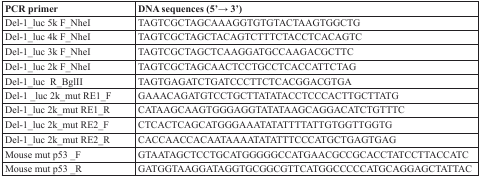
<table><thead><tr><td><b>PCR primer</b></td><td><b>DNA sequences (5&#x27;→ 3&#x27;)</b></td></tr></thead><tbody><tr><td>Del-1_luc 5k F_NheI</td><td>TAGTCGCTAGCAAAGGTGTGTACTAAGTGGCTG</td></tr><tr><td>Del-1_luc 4k F_NheI</td><td>TAGTCGCTAGCTACAGTCTTTCTACCTCACAGTC</td></tr><tr><td>Del-1_luc 3k F_NheI</td><td>TAGTCGCTAGCTCAAGGATGCCAAGACGCTTC</td></tr><tr><td>Del-1_luc 2k F_NheI</td><td>TAGTCGCTAGCAACTCCTGCCTCACCATTCTAG</td></tr><tr><td>Del-1_luc R_BglII</td><td>TAGTGAGATCTGATCCCTTCTCACGGACGTGA</td></tr><tr><td>Del-1 _luc 2k_mut RE1_F</td><td>GAAACAGATGTCCTGCTTATATACCTCCCACTTGCTTATG</td></tr><tr><td>Del-1_luc 2k_mut RE1_R</td><td>CATAAGCAAGTGGGAGGTATATAAGCAGGACATCTGTTTC</td></tr><tr><td>Del-1_luc 2k_mut RE2_F</td><td>CTCACTCAGCATGGGAAATATATTTTATTGTGGTTGGTG</td></tr><tr><td>Del-1_luc 2k_mut RE2_R</td><td>CACCAACCACAATAAAATATATTTCCCATGCTGAGTGAG</td></tr><tr><td>Mouse mut p53 _F</td><td>GTAATAGCTCCTGCATGGGGGCCATGAACGCCGCACCTATCCTTACCATC</td></tr><tr><td>Mouse mut p53 _R</td><td>GATGGTAAGGATAGGTGCGGCGTTCATGGCCCCCATGCAGGAGCTATTAC</td></tr></tbody></table>